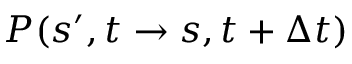
P ( s ^ { \prime } , t \to s , t + \Delta t )